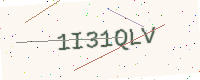
Text: 1I31QLV